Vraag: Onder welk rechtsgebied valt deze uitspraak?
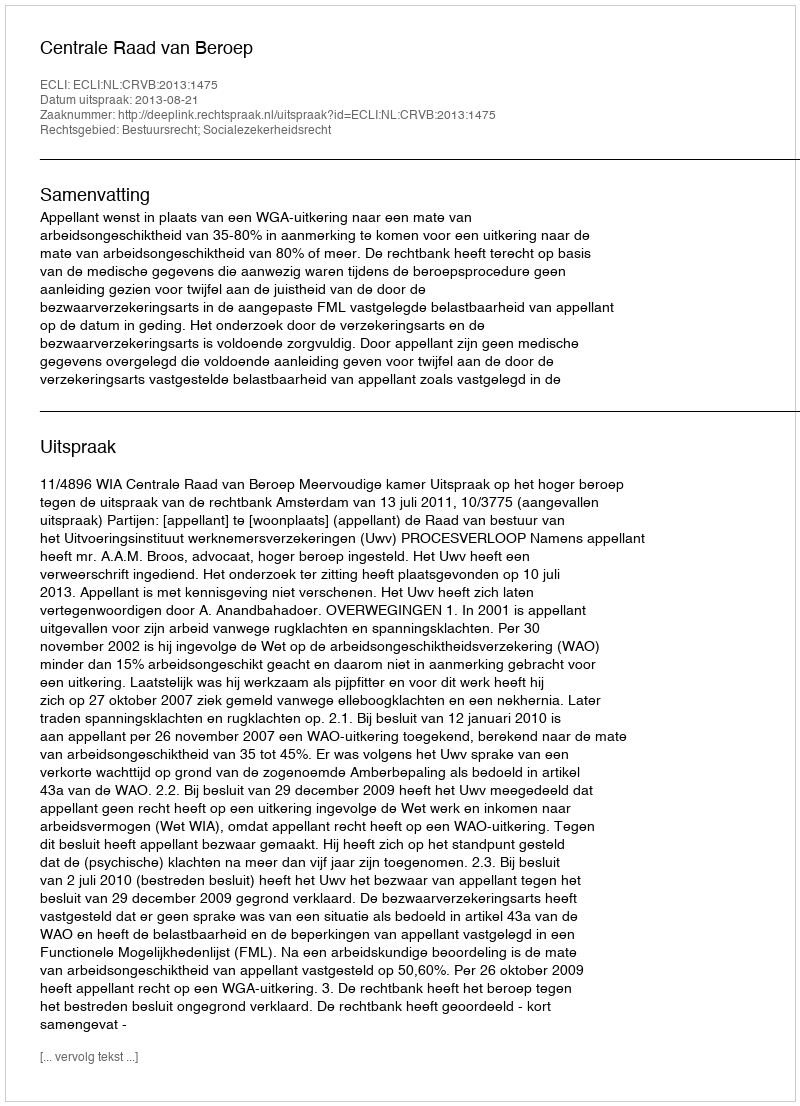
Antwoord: Bestuursrecht; Socialezekerheidsrecht